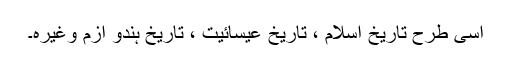
اسی طرح تاریخ اسلام ، تاریخ عیسائیت ، تاریخ ہندو ازم وغیرہ۔